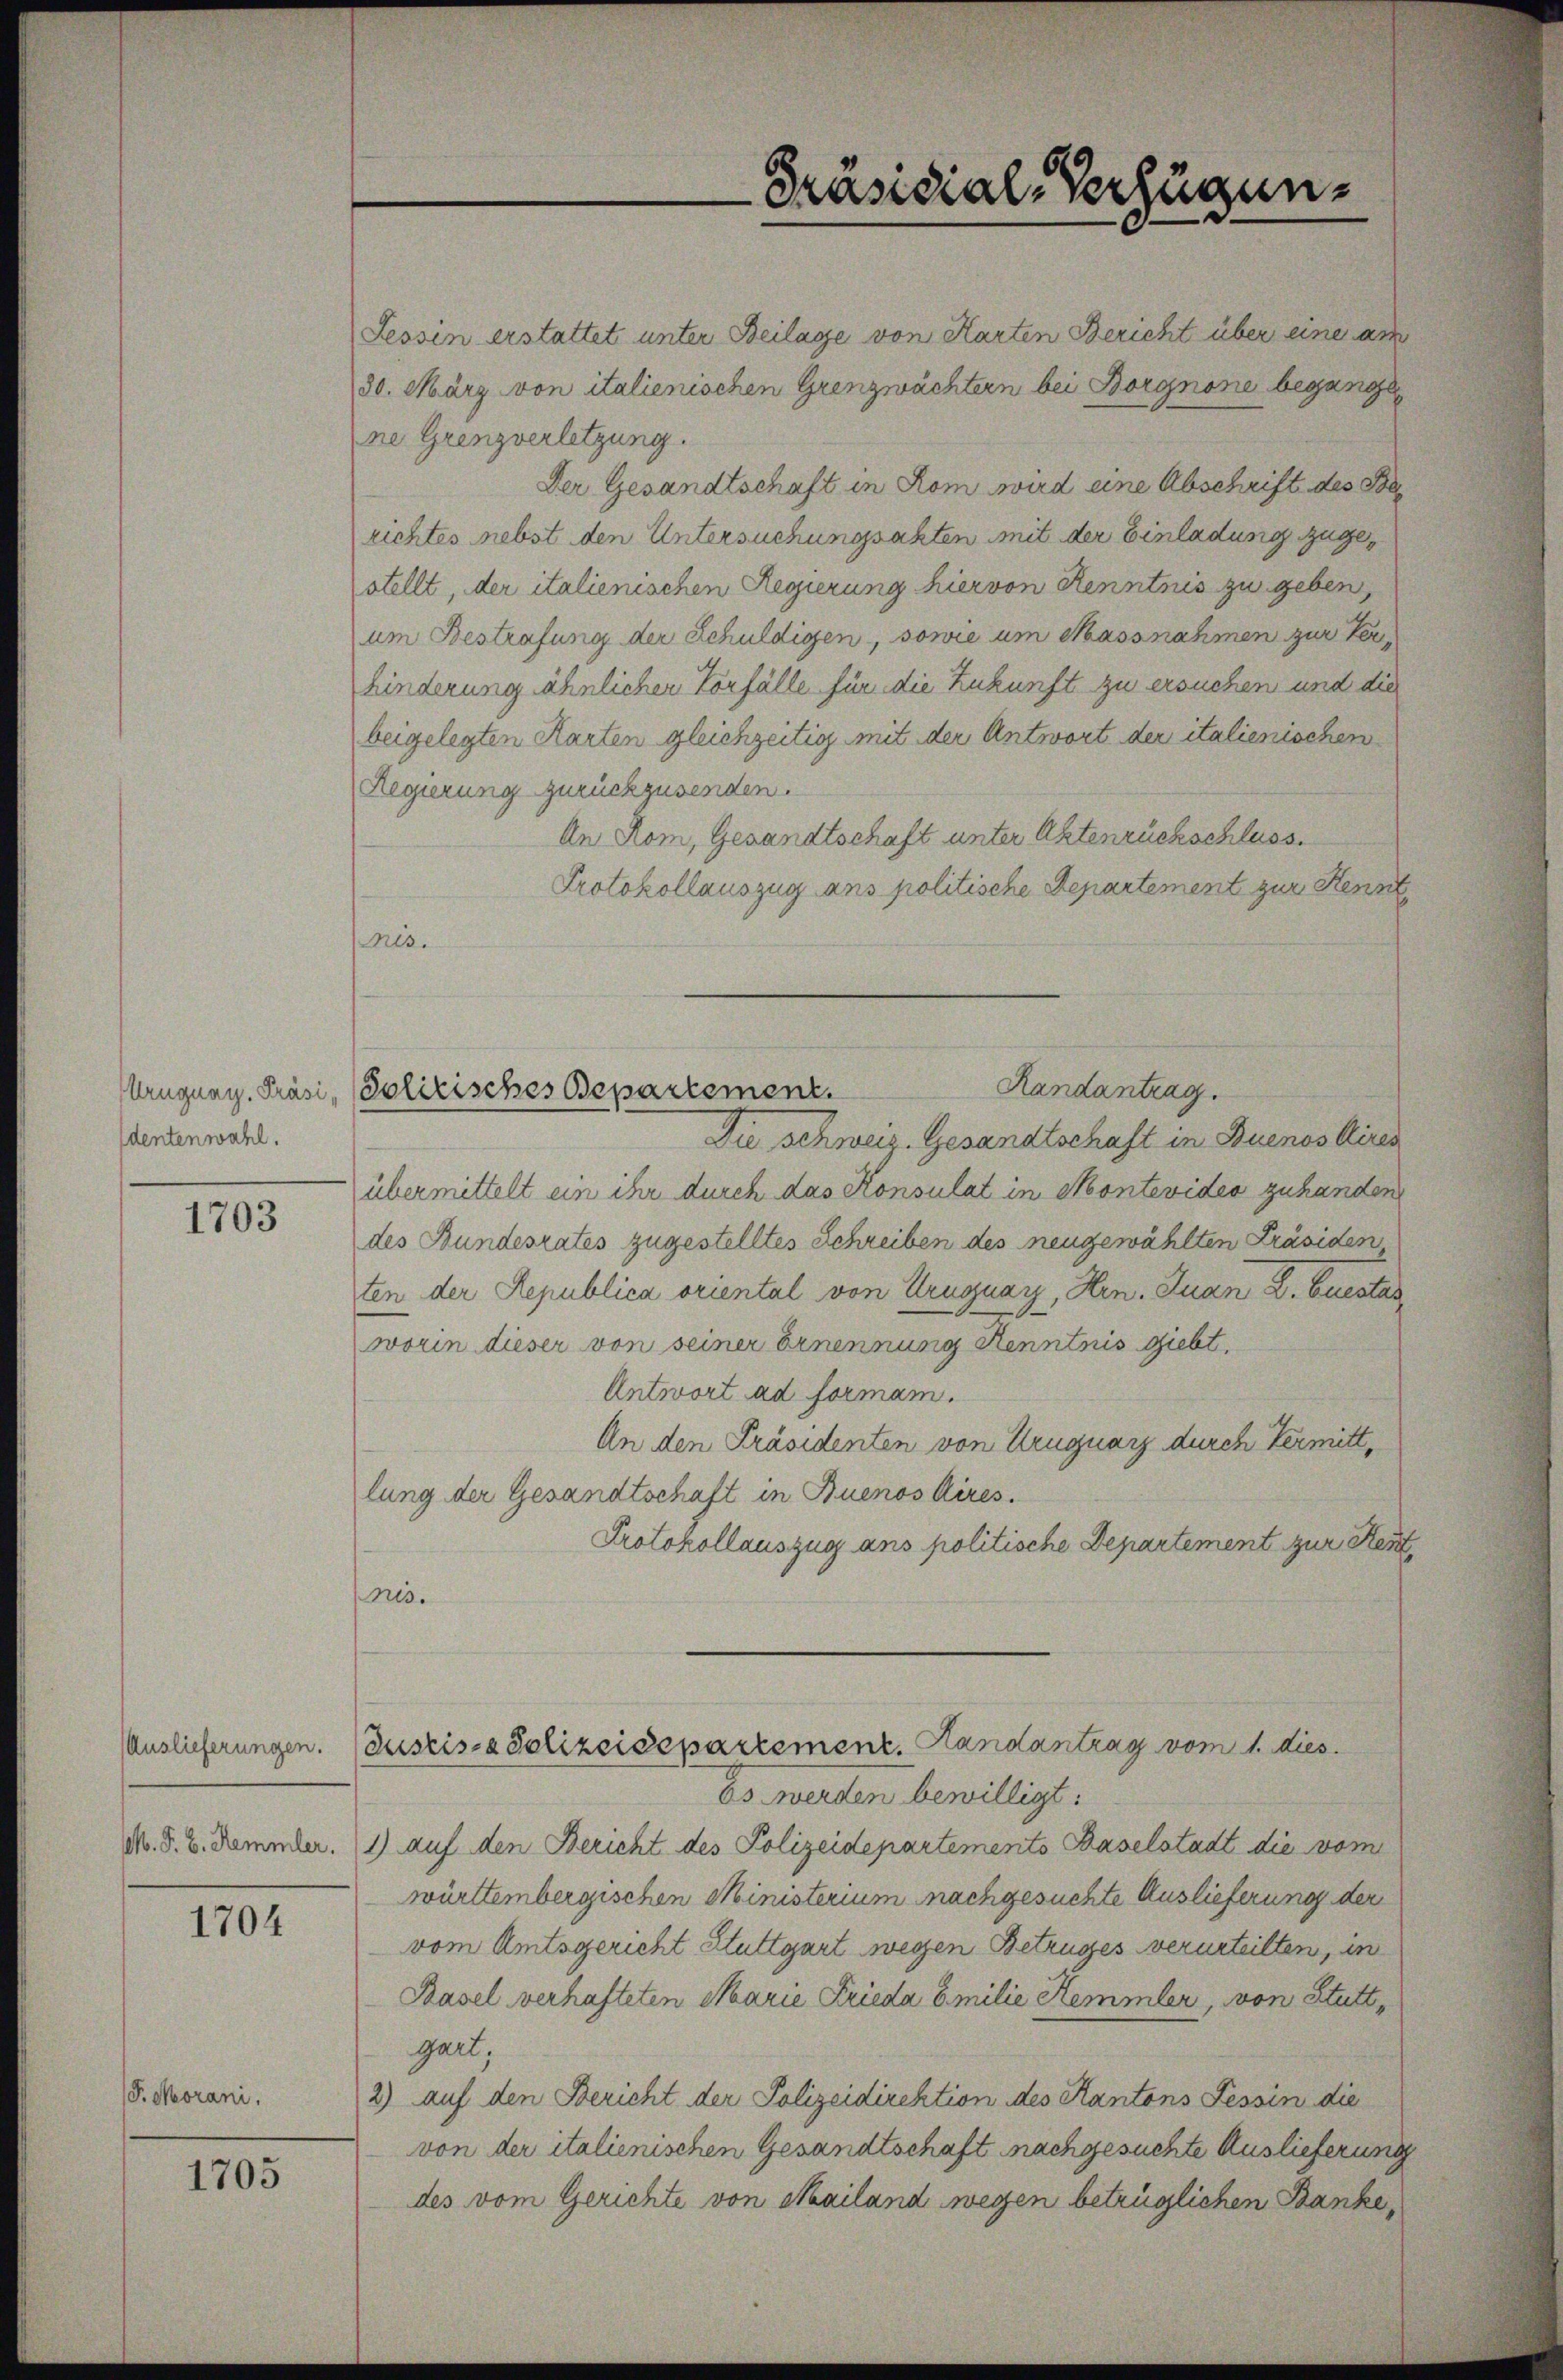
Uruguay. Präsidentenwahl.

J. Morani.

1703

10

1705

Tessin erstattet unter Beilage von Harten Bericht über eine am
30. März von italienischen Grenzwachtern bei Borgnone begange
ne Grenzverletzung.
Der Gesandtschaft in Rom wird eine Abschrift des S
richtes nebst den Untersuchungsakten mit der Einladung zugestellt, der italienischen Regierung hier von Renntnis zu geben,
um Bestrafung der Schuldigen, sowie um Massnahmen zur Verhinderung ähnlichen Vorfälle für die Zukunft zu ersuchen und die
beigelegten Karten gleichzeitig mit der Antwort der italienischen
Regierung zurückzusenden.
An Rom, Gesandtschaft unter Aktenrückschluss.
Protokollauszug ans politische Departement zur Kennt
mis.
Randantrag.
Die schweiz. Gesandtschaft in Buenos Aires
übermittelt ein ihr durch das Konsulat in Montevides zuhanden
des Bundesrates zugestelltes Schreiben des neugewählten Präsiden
ten der Republica oriental von Uruguay, Hrn. Juan D. Euestas
worin dieser von seiner Ernennung Kenntnis giebt,
Antwort ad formam.
An den Präsidenten von Uruguarz durch Termittlung der Gesandtschaft in Buenos Aires.
Protokollauszug ans politische Departement zur Kent
nis.
Auslieferungen. Kuszis-Polizeidepartement. Handantrag vom 1. dies
Es werden bewilligt:
M. S. B. Demmer. (1) auf den Bericht des Polizeidepartements Baselstadt die vom
württembergischen Ministerium nachgesuchte Auslieferung der
vom Amtsgericht Stuttgart wegen Betruges verurteilten, in
Pasel verhafteten Marie Frieda Emilie Hemmler, von Stuttgart,
2) auf den Bericht der Polizeidirektion des Kantons Tessin die
von der italienischen Gesandtschaft nachgesuchte Auslieferung
des vom Gerichte von Mailand wegen betrüglichen Banke,

Solitisches Departement.

Präsidial-Verfügun¬